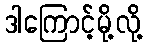
ဒါကြောင့်မို့လို့